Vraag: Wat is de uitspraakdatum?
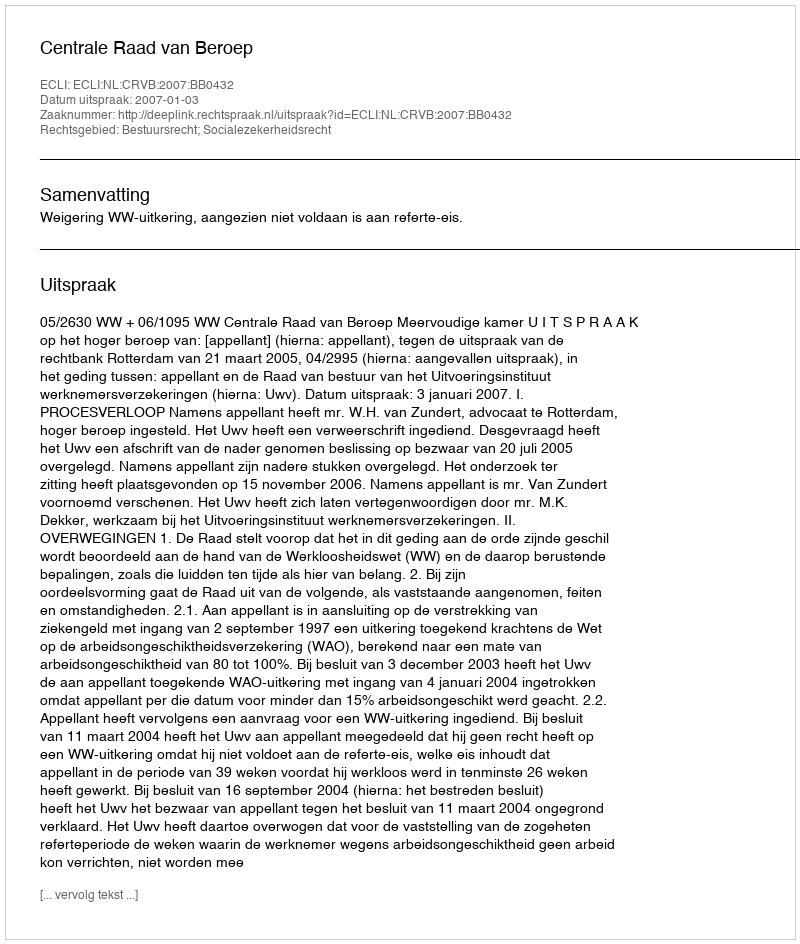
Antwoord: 2007-01-03